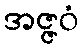
အဇ္ဇဝံ